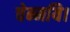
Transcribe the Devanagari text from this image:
चेन्मयि।